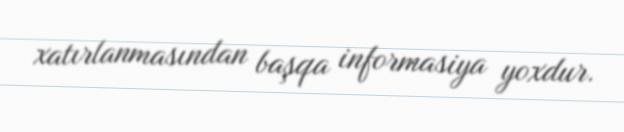
xatırlanmasından başqa informasiya yoxdur.